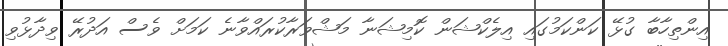
އިންތިހާބާ ގުޅޭ ކަންކަމުގައި އިލެކްޝަން ކޮމިޝަނާ މަޝްވަރާކުރައްވާނެ ކަމަށް ވެސް އަދުރޭ ވިދާޅުވި